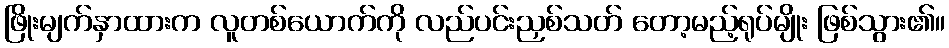
ဖြိုးမျက်နှာထားက လူတစ်ယောက်ကို လည်ပင်းညှစ်သတ် တော့မည့်ရုပ်မျိုး ဖြစ်သွား၏။